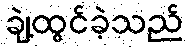
ချဲ့ထွင်ခဲ့သည်